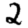
Digit: 2